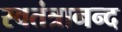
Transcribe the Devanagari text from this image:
स्वतंत्रानन्द